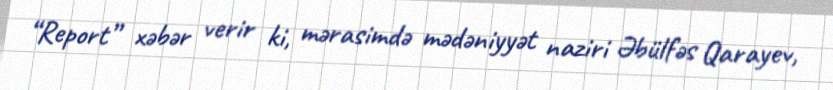
“Report” xəbər verir ki, mərasimdə mədəniyyət naziri Əbülfəs Qarayev,